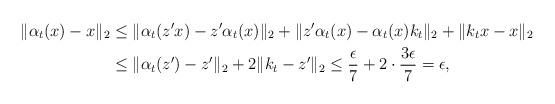
LaTeX: \begin{align*}\|\alpha_t(x)-x\|_2 &\le \|\alpha_t(z'x) - z'\alpha_t(x)\|_2 + \|z'\alpha_t(x) - \alpha_t(x)k_t\|_2 + \|k_tx - x\|_2 \\&\le \|\alpha_t(z') - z'\|_2 + 2\|k_t - z'\|_2 \le \frac{\epsilon}{7} + 2\cdot\frac{3\epsilon}{7} = \epsilon,\end{align*}